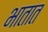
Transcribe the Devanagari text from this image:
भातात